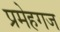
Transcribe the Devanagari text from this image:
प्रमेहगज